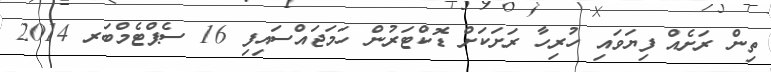
ތިން ރަށެއް ފިޔަވައި ހުރިހާ ރަށަކަށް ޑޮކްޓަރުން ހަމަޖައްސައިފި 16 ސެޕްޓެމްބަރ 2014